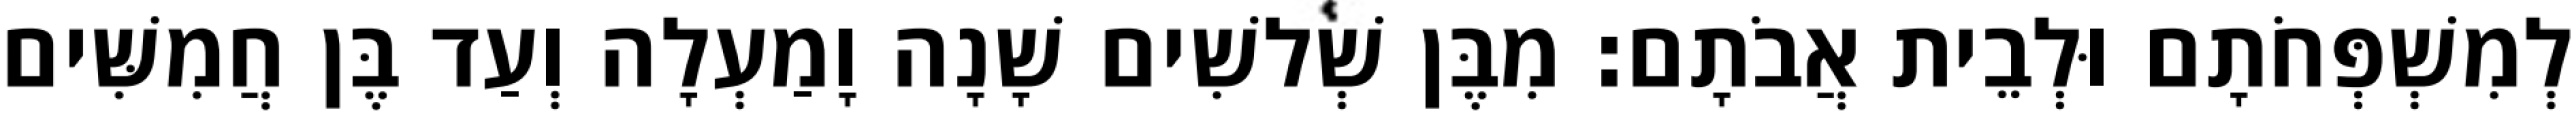
לְמִשְׁפְּחֹתָם וּלְבֵית אֲבֹתָם׃ מִבֶּן שְׁלשִׁים שָׁנָה וָמַעְלָה וְעַד בֶּן חֲמִשִּׁים